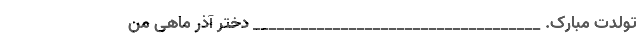
تولدت مبارک. ____________________________________ دختر آذر ماهی من